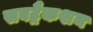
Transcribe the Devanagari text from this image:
सबट्रैकशन